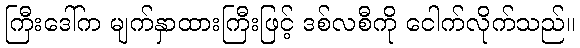
ကြီးဒေါ်က မျက်နှာထားကြီးဖြင့် ဒစ်လစီကို ငေါက်လိုက်သည်။